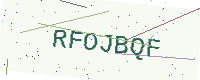
Text: RFOJBQF